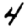
Digit: 4